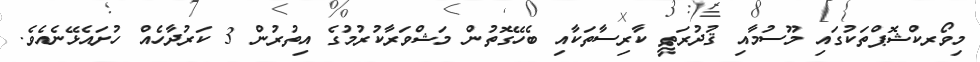
މިވޯރކްޝޮޕްތަކުގައި މޫސުމާއި ޤުދުރަތީ ކާރިސާތަކާއި ބެހޭގޮތުން މަޝްވަރާކުރުމުގެ އިތުރުން 3 ކަރުދާހެއް ހުށައެޅޭނެއެވެ.